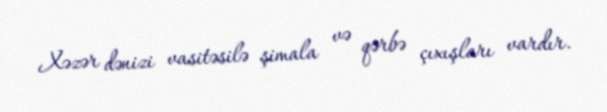
Xəzər dənizi vasitəsilə şimala və qərbə çıxışları vardır.